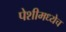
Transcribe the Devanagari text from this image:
पेशीमध्येच